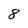
Character: 8